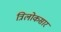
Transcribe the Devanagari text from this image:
त्रिलोकसार